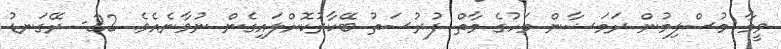
ވީމާ މުސްލިމުން ރަމަޟާން މަހުގެ މާތް ފުރުސަތު ބޭކާރުކޮށްލައިގެން ނުވާނެއެވެ. 22- ރޭގަނޑު